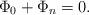
LaTeX: \begin{gather*}\Phi_0+\Phi_n=0.\end{gather*}